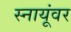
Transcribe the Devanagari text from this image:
स्नायूंवर